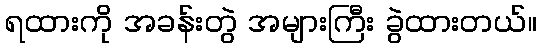
ရထားကို အခန်းတွဲ အများကြီး ခွဲထားတယ်။